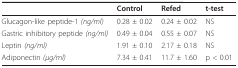
|  | Control | Refed | t-test |
 | --- | --- | --- | --- |
 | Glucagon-like peptide-1 (ng/ml) | 0.28 ± 0.02 | 0.24 ± 0.02 | NS |
 | Gastric inhibitory peptide (ng/ml) | 0.49 ± 0.04 | 0.55 ± 0.07 | NS |
 | Leptin (ng/ml) | 1.91 ± 0.10 | 2.17 ± 0.18 | NS |
 | Adiponectin (μg/ml) | 7.34 ± 0.41 | 11.7 ± 1.60 | p < 0.01 |